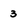
Character: 3